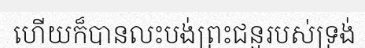
ហើយក៏បានលះបង់ព្រះជន្មរបស់ទ្រង់